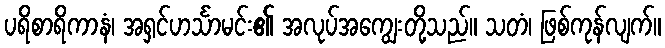
ပရိစာရိကာနံ၊ အရှင်ဟင်္သာမင်း၏ အလုပ်အကျွေးတို့သည်။ သတံ၊ ဖြစ်ကုန်လျက်။